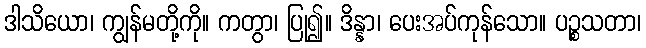
ဒါသိယော၊ ကျွန်မတို့ကို။ ကတွာ၊ ပြု၍။ ဒိန္နာ၊ ပေးအပ်ကုန်သော။ ပဉ္စသတာ၊